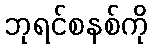
ဘုရင်စနစ်ကို